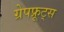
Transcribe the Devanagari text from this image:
ग्रेपफ्रूट्स